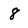
Character: 8